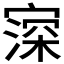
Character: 𡪜